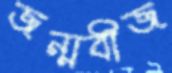
জন্মবীজ